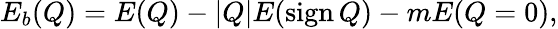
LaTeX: E_{b}(Q)=E(Q)-\left|Q\right|E(\textnormal{sign}\, Q)-mE(Q=0),